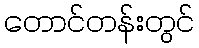
တောင်တန်းတွင်